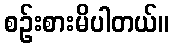
စဉ်းစားမိပါတယ်။